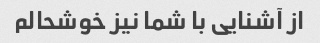
از آشنایی با شما نیز خوشحالم